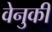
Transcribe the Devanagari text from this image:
वेनुकी